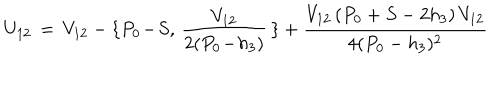
U _ { 1 2 } \, = \, V _ { 1 2 } - \{ P _ { 0 } \! - \! S , \, { \frac { V _ { 1 2 } } { 2 ( P _ { 0 } \! - \! h _ { 3 } ) } } \, \} + { \frac { V _ { 1 2 } \, ( P _ { 0 } + S - 2 h _ { 3 } ) \, V _ { 1 2 } } { 4 ( P _ { 0 } - h _ { 3 } ) ^ { 2 } } }